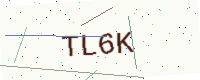
Text: TL6K